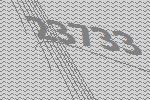
23733